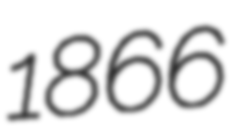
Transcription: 1866